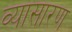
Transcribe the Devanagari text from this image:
व्यासारण